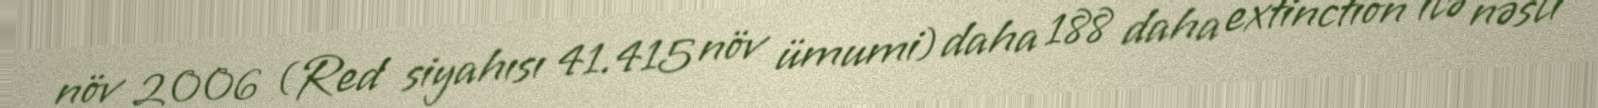
növ 2006 (Red siyahısı 41.415 növ ümumi) daha 188 daha extinction ilə nəsli